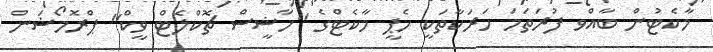
މާކެޓުން ބާއްވ ފުރަތަމަ ހަރަކާތަކީ ހެޕީ މާކެޓްގެ "ހާޝީސް ޗޮކްލެޓް ވީކް" ޕްރޮމޯޝަން